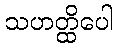
သဟတ္ထိပေါ